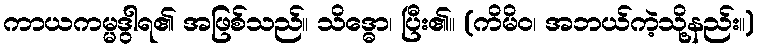
ကာယကမ္မဒွါရ၏ အဖြစ်သည်။ သိဒ္ဓော၊ ပြီး၏။ (ကိမိဝ၊ အဘယ်ကဲ့သို့နည်း။)